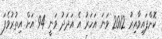
ކޮށްފައިވާއިރު 2012 ވަނަ އަހަރު އެ އަދަދު ވަނީ 94 އަށް އިތުރުވެފަ